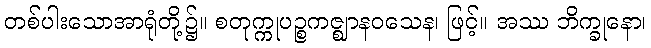
တစ်ပါးသောအာရုံတို့၌။ စတုက္ကုပဉ္စကဇ္ဈာနဝသေန၊ ဖြင့်။ အဿ ဘိက္ခုနော၊